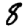
Digit: 8